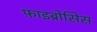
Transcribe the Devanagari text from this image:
फ़ाइब्रोसिस